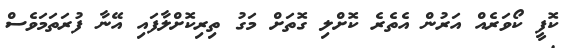
ކޮފީ ކޯވަރެއް އަރުން އެތެރެ ކޮށްލި ގޮތަށް މަގު ތިރިކޮށްލާފައި އޭނާ ފުރަތަމަވެސް